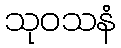
သုဝသနံ